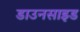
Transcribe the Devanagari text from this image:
डाउनसाइड